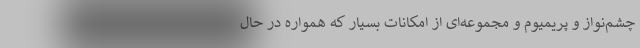
چشم‌نواز و پریمیوم و مجموعه‌ای از امکانات بسیار که همواره در حال